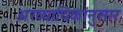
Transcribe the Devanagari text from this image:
अख्यायिकांनुसार